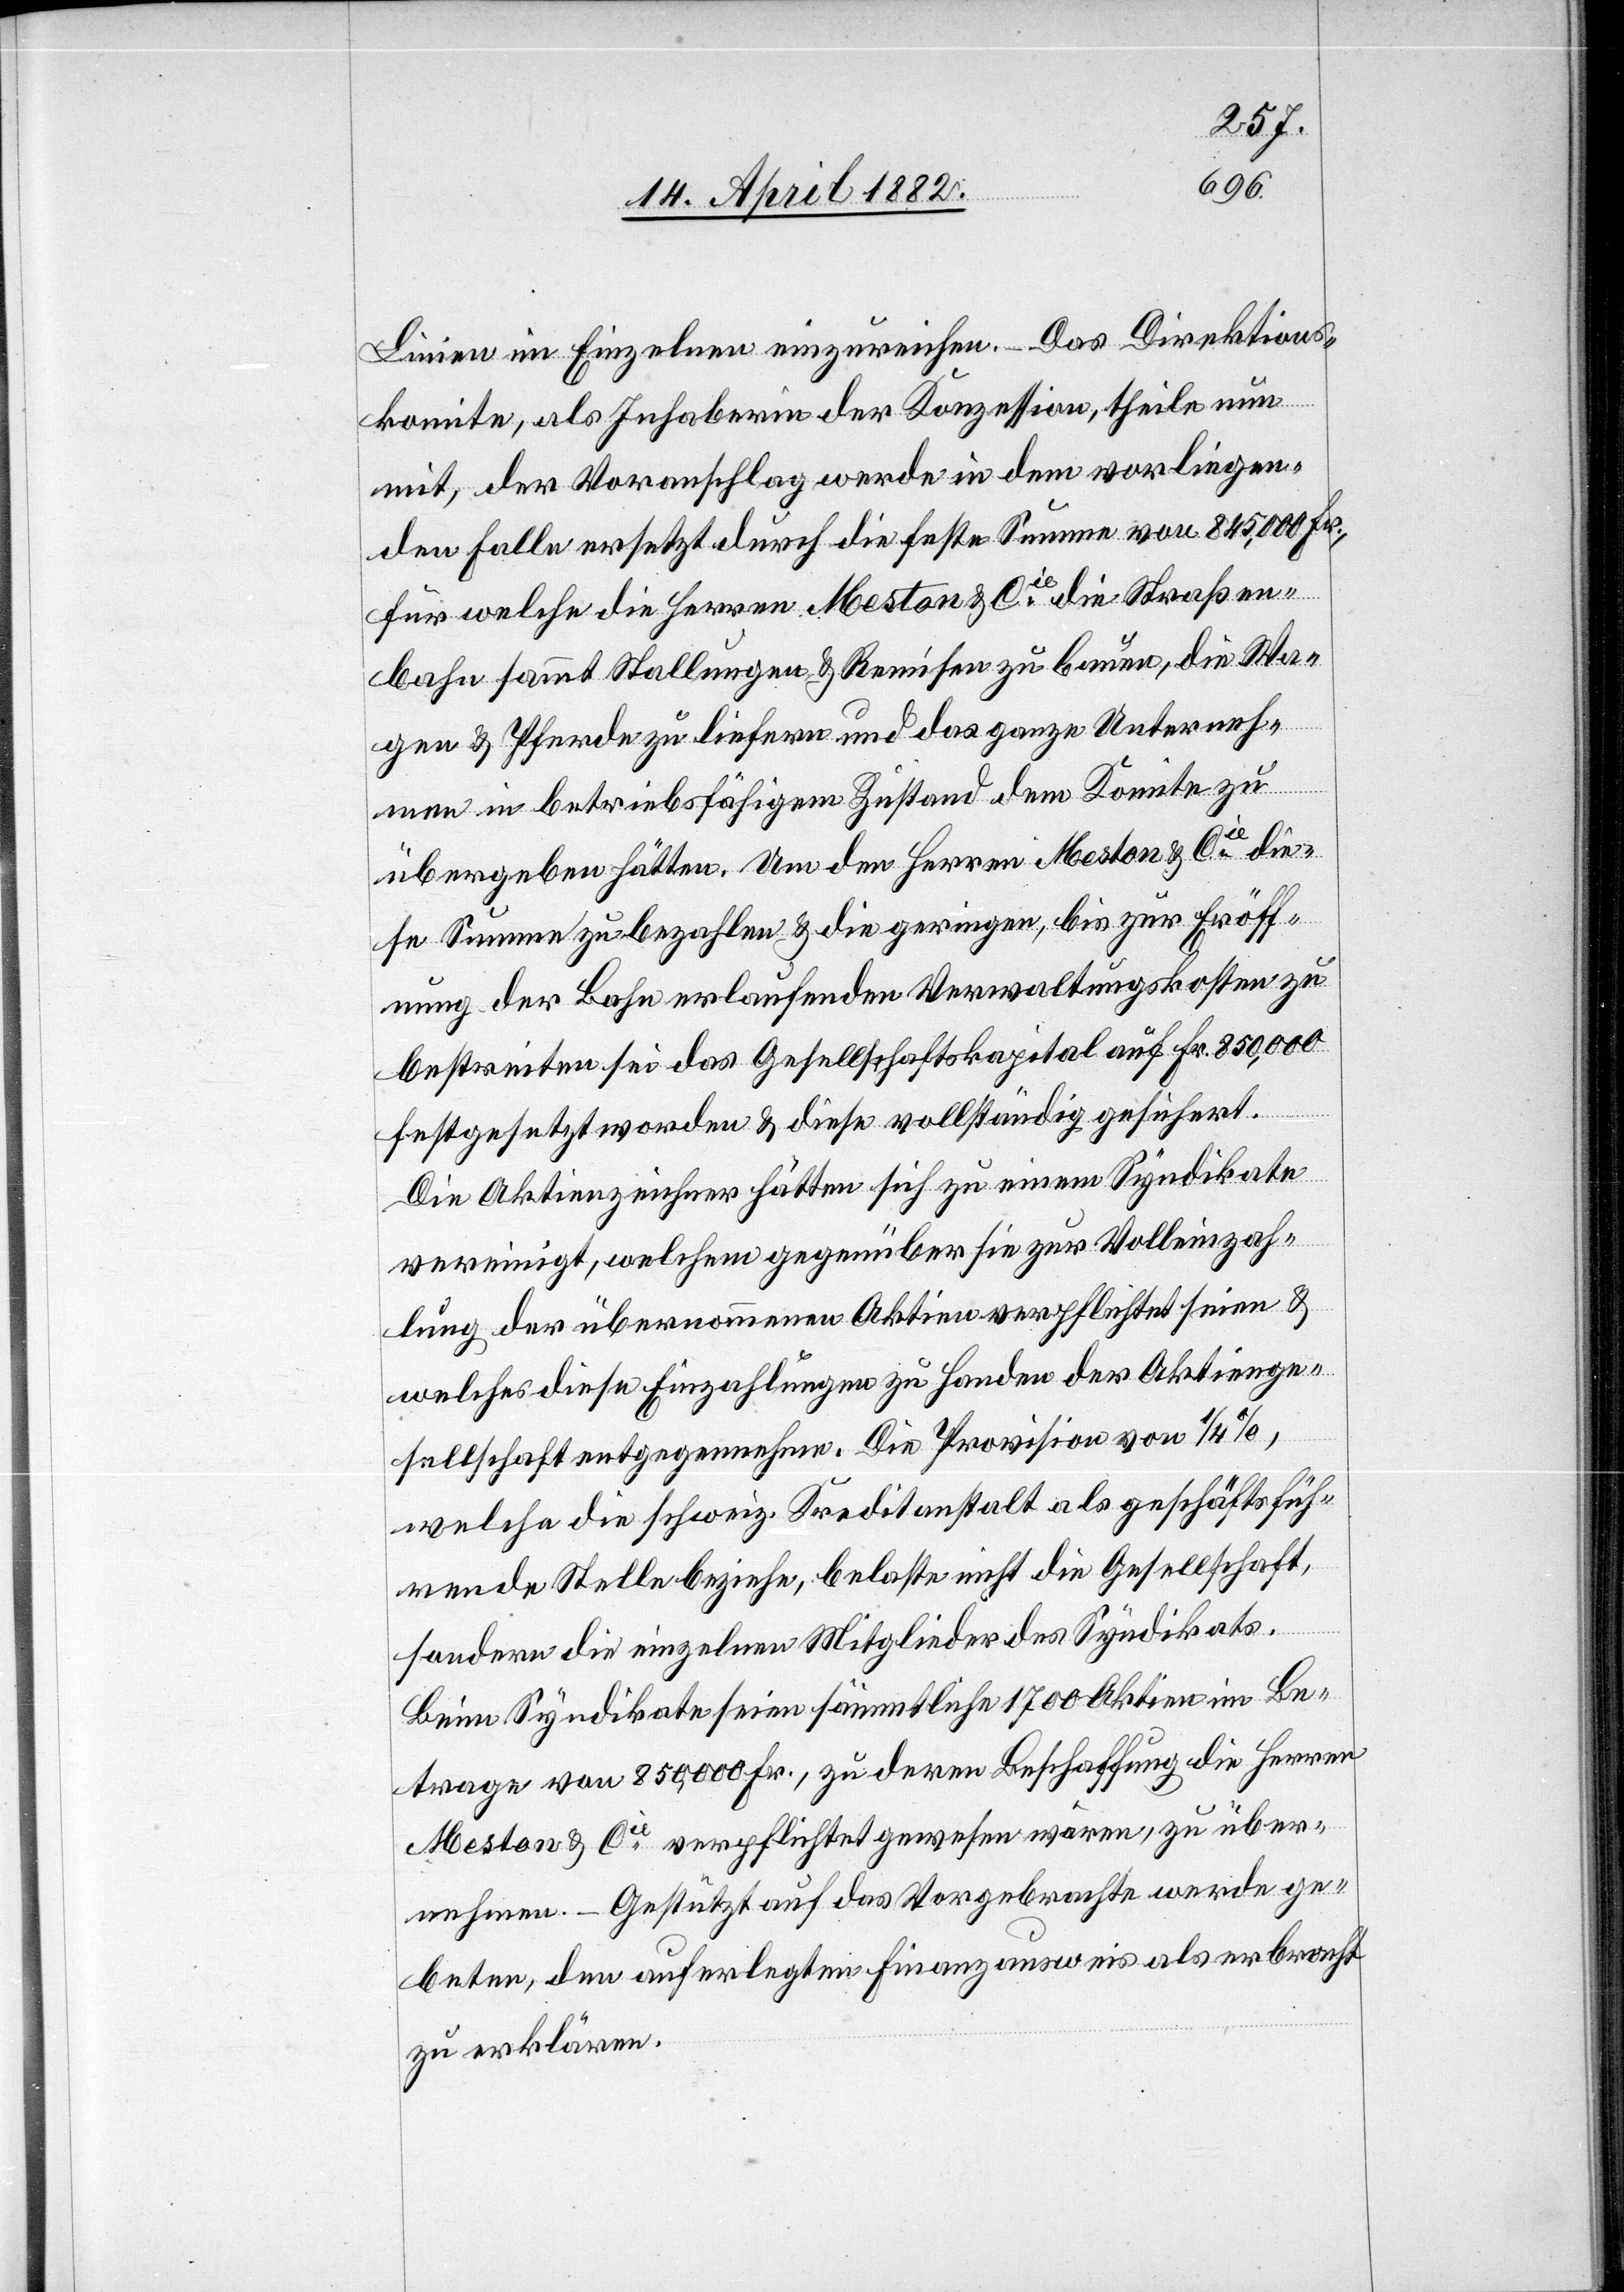
Linien im Einzelnen einzureichen. – Das Direktions¬
komite, als Inhaberin der Konzession, theile nun
mit, der Voranschlag werde in dem vorliegen¬
den Falle ersetzt durch die feste Summe von 845,000 Fr.,
für welche die Herren Meston & Cie die Straßen¬
bahn sammt Stallungen & Remisen zu bauen, die Wa¬
gen & Pferde zu liefern und das ganze Unterneh¬
men in betriebsfähigem Zustand dem Komite zu
übergeben hätten. Um den Herren Meston & Cie die¬
se Summe zu bezahlen & die geringen, bis zur Eröff¬
nung der Bahn erlaufenden Verwaltungskosten zu
bestreiten sei das Gesellschaftskapital auf Fr. 850,000
festgesetzt worden & diese vollständig gesichert.
Die Aktienzeichnet hätten sich zu einem Syndikate
vereinigt, welchem gegenüber sie zur Volleinzah¬
lung der übernommenen Aktien verpflichtet seien &
welches diese Einzahlungen zu Handen der Aktienge¬
sellschaft entgegennehme. Die Provision von 1/4%,
welche die schweiz. Kreditanstalt als geschäftsfüh¬
rende Stelle beziehe, belaste nicht die Gesellschaft,
sondern die einzelnen Mitglieder des Syndikats.
Beim Syndikate seien sämmtliche 1700 Aktien im Be¬
trage von 850,000 Fr., zu deren Beschaffung die Herren
Meston & Cie verpflichtet gewesen wären, zu über¬
nehmen. – Gestützt auf das Vorgebrachte werde ge¬
beten, den auferlegten Finanzausweis als erbracht
zu erklären.